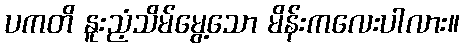
ပကတိ နူးညံ့သိမ်မွေ့သော မိန်းကလေးပါလား။